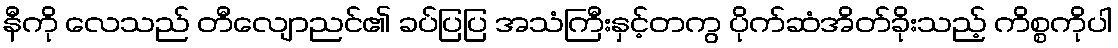
နီကို လေသည် တီလျောညင်၏ ခပ်ပြပြ အသံကြီးနှင့်တကွ ပိုက်ဆံအိတ်ခိုးသည့် ကိစ္စကိုပါ